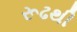
રૂઢથી